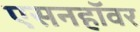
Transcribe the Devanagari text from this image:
एसनहॉवर